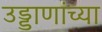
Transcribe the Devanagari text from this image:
उड्डाणांच्या